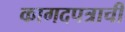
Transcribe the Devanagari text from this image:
कागदपत्राची